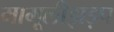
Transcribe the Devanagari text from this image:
मामूलीझड़प